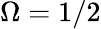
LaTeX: \Omega=1/2